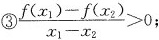
③$$\frac { f ( x _ { 1 } ) - f ( x _ { 2 } ) } { x _ { 1 } - x _ { 2 } } > 0$$；